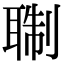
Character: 䎺